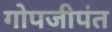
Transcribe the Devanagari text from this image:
गोपजीपंत